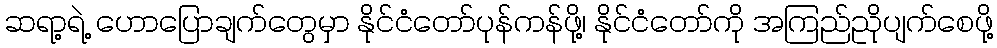
ဆရာ့ရဲ့ ဟောပြောချက်တွေမှာ နိုင်ငံတော်ပုန်ကန်ဖို့၊ နိုင်ငံတော်ကို အကြည်ညိုပျက်စေဖို့